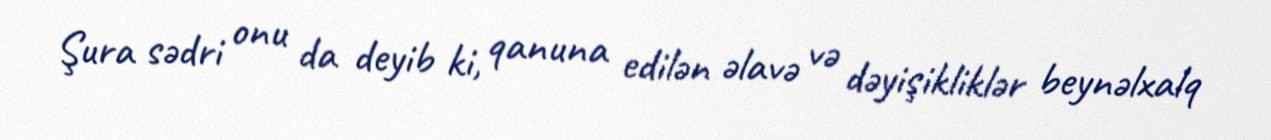
Şura sədri onu da deyib ki, qanuna edilən əlavə və dəyişikliklər beynəlxalq